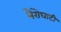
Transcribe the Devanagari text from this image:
भैंरोघाटी